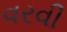
વરવી